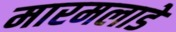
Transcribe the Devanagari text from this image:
मारमलाडे